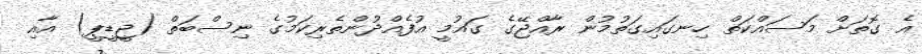
އެ ގޮތަށް މަސައްކަތް ހިނގައިގަތުމުން ރާއްޖޭގެ ގައުމީ އުފެއްދުންތެރިކަމުގެ ނިސްބަތް (ޖީޑީޕީ) އާއި